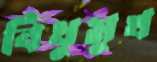
বিধুমুখ